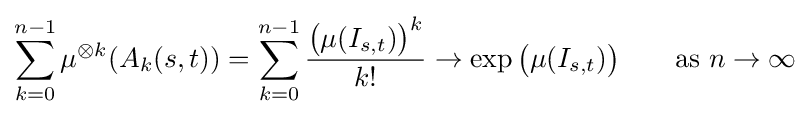
\sum _{k=0}^{n-1}\mu ^{\otimes k}(A_{k}(s,t))=\sum _{k=0}^{n-1}{\frac {{\bigl (}\mu (I_{s,t}){\bigr )}^{k}}{k!}}\to \exp {\bigl (}\mu (I_{s,t}){\bigr )}\qquad {\text{as }}n\to \infty